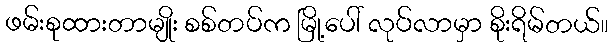
ဖမ်းစုထားတာမျိုး စစ်တပ်က မြို့ပေါ် လုပ်လာမှာ စိုးရိမ်တယ်။